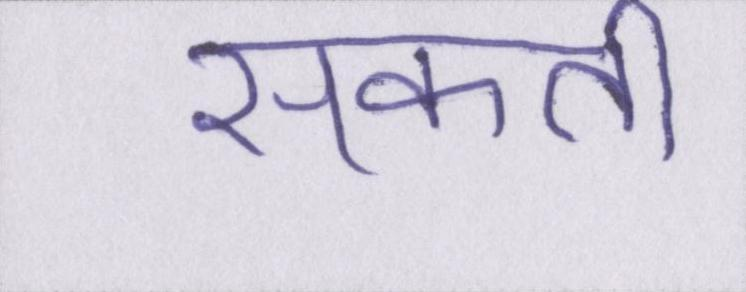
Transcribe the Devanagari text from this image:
सकती